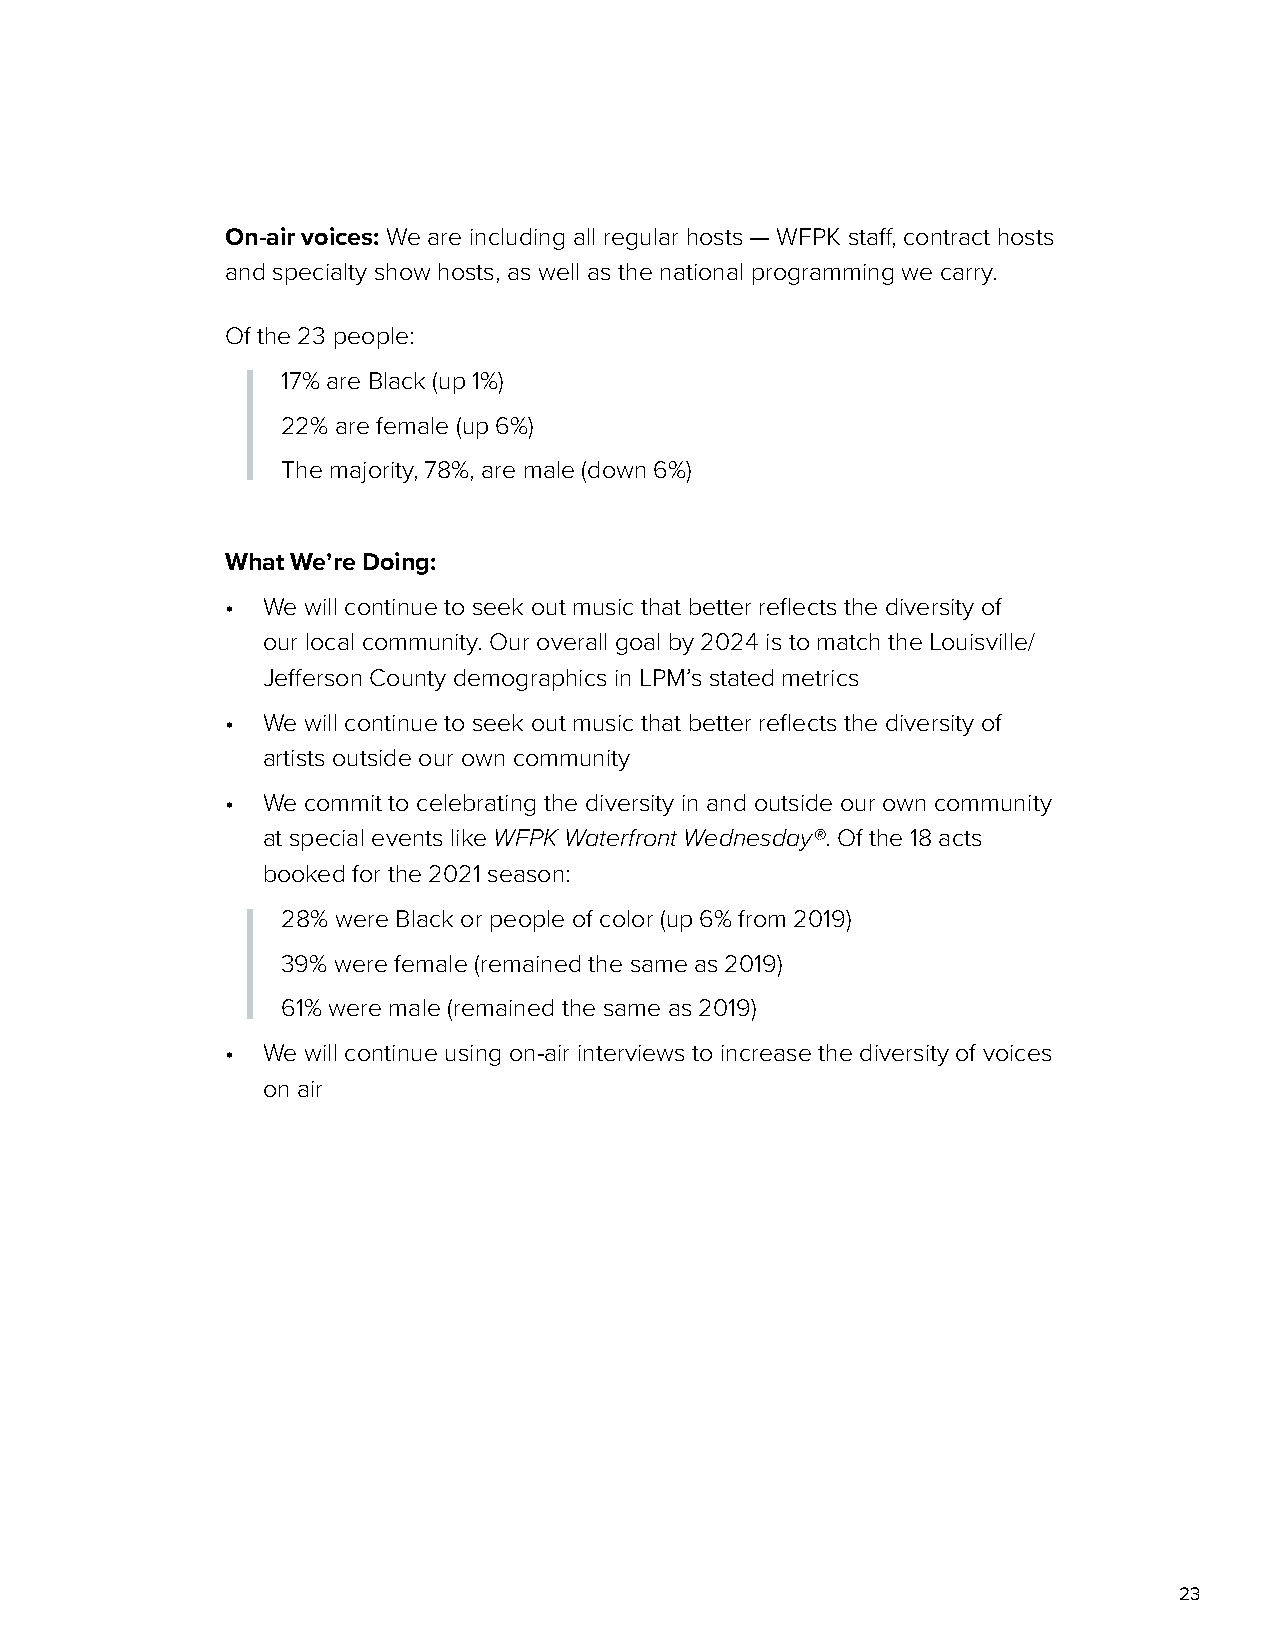
On-air voices: We are including all regular hosts — WFPK staff, contract hosts
 and specialty show hosts, as well as the national programming we carry.
 Of the 23 people:
 17% are Black (up 1%)
 22% are female (up 6%)
 The majority, 78%, are male (down 6%)
 What We’re Doing:
 • We will continue to seek out music that better reflects the diversity of
 our local community. Our overall goal by 2024 is to match the Louisville/
 Jefferson County demographics in LPM’s stated metrics
 • We will continue to seek out music that better reflects the diversity of
 artists outside our own community
 • We commit to celebrating the diversity in and outside our own community
 at special events like WFPK Waterfront Wednesday®. Of the 18 acts
 booked for the 2021 season:
 28% were Black or people of color (up 6% from 2019)
 39% were female (remained the same as 2019)
 61% were male (remained the same as 2019)
 • We will continue using on-air interviews to increase the diversity of voices
 on air
 23